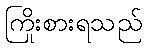
ကြိုးစားရသည်